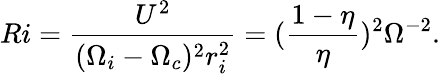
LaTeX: Ri=\frac{U^{2}}{(\Omega_{i}-\Omega_{c})^{2}r_{i}^{2}}=(\frac{1-\eta}{\eta})^{2}\Omega^{-2}.